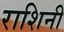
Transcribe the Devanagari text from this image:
राशिनी